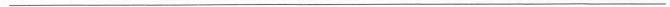
___